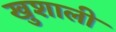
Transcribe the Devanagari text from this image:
खुशाली